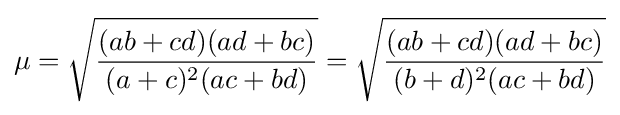
\displaystyle \mu ={\sqrt {\frac {(ab+cd)(ad+bc)}{(a+c)^{2}(ac+bd)}}}={\sqrt {\frac {(ab+cd)(ad+bc)}{(b+d)^{2}(ac+bd)}}}